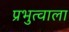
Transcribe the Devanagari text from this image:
प्रभुत्वाला